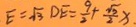
E = \sqrt { 3 } D E = \frac { 9 } { 2 } + \frac { \sqrt { 3 } } { 2 } x